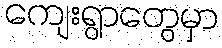
ကျေးရွာတွေမှာ